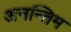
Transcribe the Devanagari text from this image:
अनन्तिम